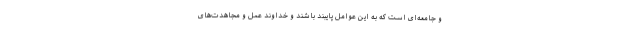
و جامعه‌ای است که به این عوامل پایبند باشند و خداوند عمل و مجاهدت‌های